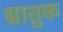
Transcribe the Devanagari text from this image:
भ्रातुक